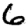
Digit: 6